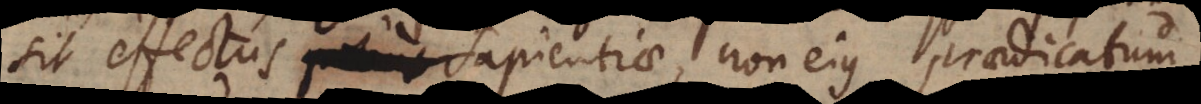
tus potius Sapientiae, non ejus praedicatum.